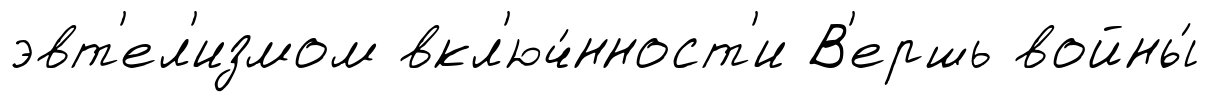
эвт'ел'измом вкл'юч́нност'и В'ершь войны́